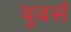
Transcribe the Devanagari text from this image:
युवर्स